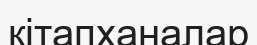
кітапханалар